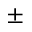
\pm